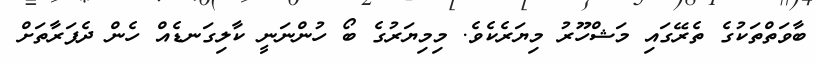
ބާވަތްތަކުގެ ތެރޭގައި މަޝްހޫރު މިޔަރެކެވެ. މިމިޔަރުގެ ބޯ ހުންނަނީ ކާލިގަނޑެއް ހެން ދެފަރާތަށް